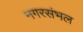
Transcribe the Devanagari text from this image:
नगरसंभल